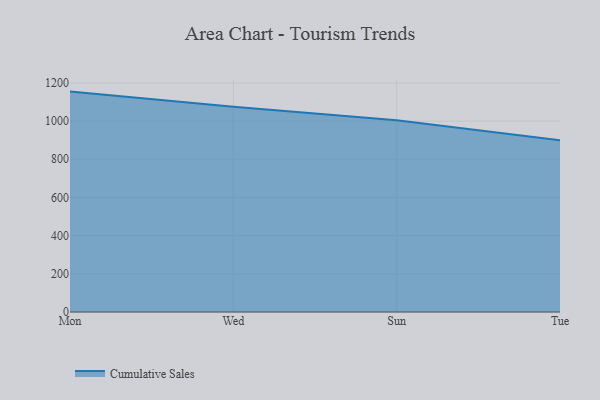
{"axis": {"x": "Day", "y": "Gross Profit (USD K)"}, "legend": ["Cumulative Sales"], "data": [{"x": "Mon", "y": 1154.5, "type": "Cumulative Sales"}, {"x": "Wed", "y": 1075.4, "type": "Cumulative Sales"}, {"x": "Sun", "y": 1004.8, "type": "Cumulative Sales"}, {"x": "Tue", "y": 899.5, "type": "Cumulative Sales"}]}